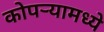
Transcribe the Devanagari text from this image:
कोपर्‍यामध्ये